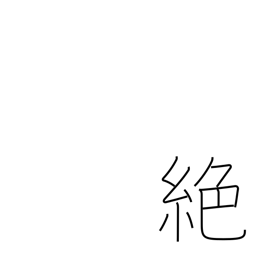
Meaning: interrupt